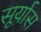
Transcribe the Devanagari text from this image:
सूर्यास